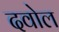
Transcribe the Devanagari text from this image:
दवोल